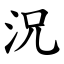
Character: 況